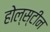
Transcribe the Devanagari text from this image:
होल्स्टीन